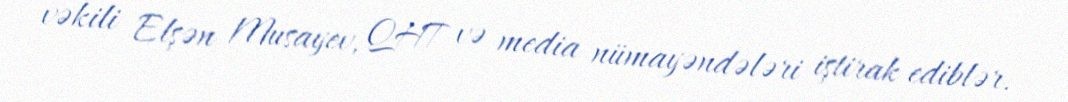
vəkili Elşən Musayev, QHT və media nümayəndələri iştirak ediblər.